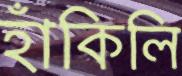
হাঁকিলি